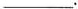
___.